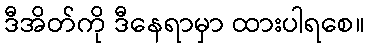
ဒီအိတ်ကို ဒီနေရာမှာ ထားပါရစေ။